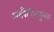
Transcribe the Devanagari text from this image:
अर्थवैचित्र्यमूलक